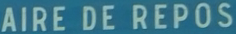
AIRE DE REPOS